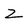
Character: Z